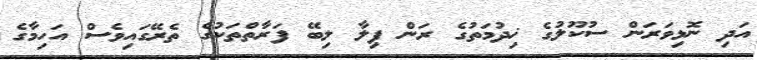
އަދި ނޮޅިވަރަން ސުކޫލުގެ ޚިދުމަތުގެ ރަން ފިލާ ލިބޭ ފަރާތްތަކުގެ ތެރޭގައިވެސް އަހިމާގެ